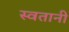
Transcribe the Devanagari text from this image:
स्वतानी